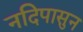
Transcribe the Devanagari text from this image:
नदिपासुन